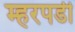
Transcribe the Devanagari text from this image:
म्हरपडी